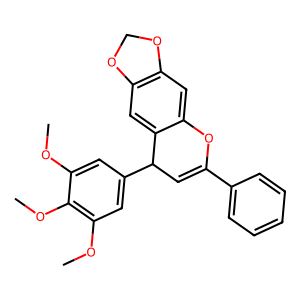
SMILES: COc1cc(C2C=C(c3ccccc3)Oc3cc4c(cc32)OCO4)cc(OC)c1OC
Inhibits HIV replication: No